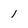
Character: 1